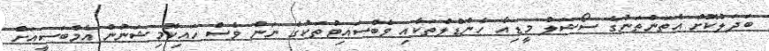
ބަދަލުކޮށް އެތަންތަނުގެ ސޯޝަލް މީޑިއާ ހެންޑްލްތަކާއި ވެބްސައިޓުތަކުގެ ނަން ވެސް ހައިކޮމިޝަނުން އެމްބަސީއަށް